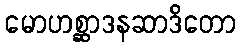
မောဟစ္ဆာဒနဆာဒိတော